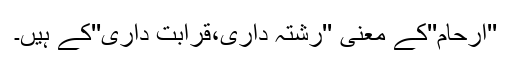
''ارحام''کے معنی ''رشتہ داری،قرابت داری''کے ہیں۔